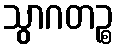
သွာဂတဉ္စ